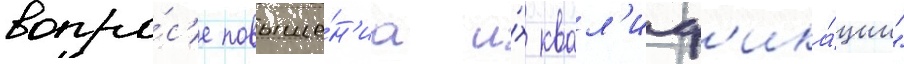
вопро́с'е повыше́н'иа и́х квал'иф'ика́ции"